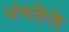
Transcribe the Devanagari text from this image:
भंगलेले